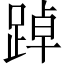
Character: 踔